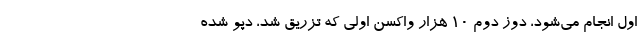
اول انجام می‌شود، دوز دوم ۱۰ هزار واکسن اولی که تزریق شد، دپو شده